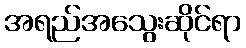
အရည်အသွေးဆိုင်ရာ